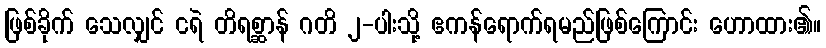
ဖြစ်ခိုက် သေလျှင် ငရဲ တိရစ္ဆာန် ဂတိ ၂-ပါးသို့ ဧကန်ရောက်ရမည်ဖြစ်ကြောင်း ဟောထား၏။